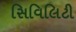
સિવિલિટી